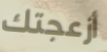
أزعجتك